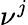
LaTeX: \nu^{j}